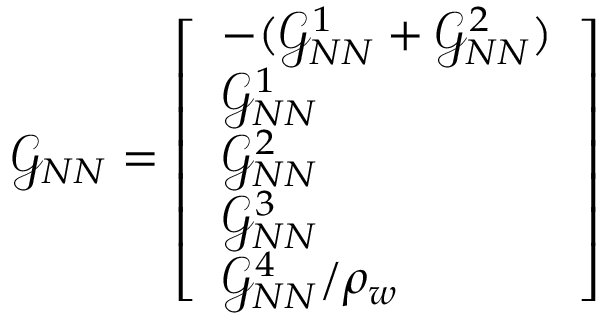
\mathcal { G } _ { N N } = \left[ \begin{array} { l } { - ( \mathcal { G } _ { N N } ^ { 1 } + \mathcal { G } _ { N N } ^ { 2 } ) } \\ { \mathcal { G } _ { N N } ^ { 1 } } \\ { \mathcal { G } _ { N N } ^ { 2 } } \\ { \mathcal { G } _ { N N } ^ { 3 } } \\ { \mathcal { G } _ { N N } ^ { 4 } / \rho _ { w } } \end{array} \right]